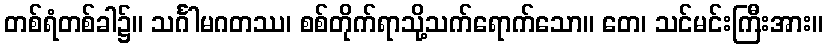
တစ်ရံတစ်ခါ၌။ သင်္ဂါမဂတဿ၊ စစ်တိုက်ရာသို့သက်ရောက်သော။ တေ၊ သင်မင်းကြီးအား။